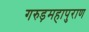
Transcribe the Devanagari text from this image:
गरुड़महापुराण